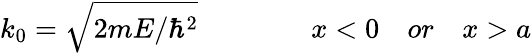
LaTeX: k_{0}={\sqrt{2mE/\hbar^{2}}}\quad\quad\quad\quad x<0\quad or\quad x>a